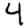
Digit: 4